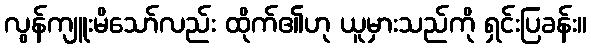
လွန်ကျူးမိသော်လည်း ထိုက်၏ဟု ယူမှားသည်ကို ရှင်းပြခန်း။